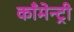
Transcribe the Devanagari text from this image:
काँमेन्ट्री